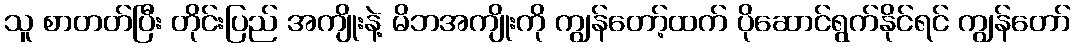
သူ စာတတ်ပြီး တိုင်းပြည် အကျိုးနဲ့ မိဘအကျိုးကို ကျွန်တော့်ထက် ပိုဆောင်ရွက်နိုင်ရင် ကျွန်တော်